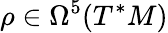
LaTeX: \rho\in\Omega^{5}(T^{*}M)